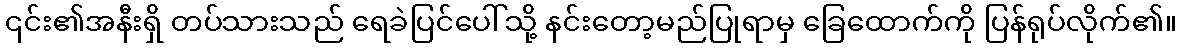
၎င်း၏အနီးရှိ တပ်သားသည် ရေခဲပြင်ပေါ်သို့ နင်းတော့မည်ပြုရာမှ ခြေထောက်ကို ပြန်ရုပ်လိုက်၏။